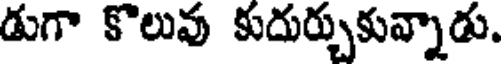
డుగా కొలువు కుదుర్చుకున్నాడు.